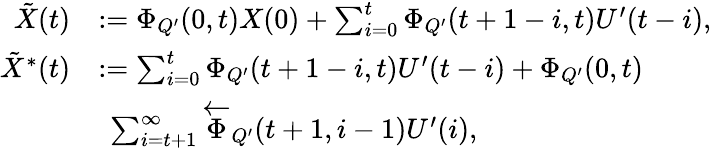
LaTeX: \begin{array}{rl}{\tilde{X}(t)}&{:=\Phi_{Q^{\prime}}(0,t)X(0)+\sum_{i=0}^{t}\Phi_{Q^{\prime}}(t+1-i,t)U^{\prime}(t-i),}\\ {\tilde{X}^{*}(t)}&{:=\sum_{i=0}^{t}\Phi_{Q^{\prime}}(t+1-i,t)U^{\prime}(t-i)+\Phi_{Q^{\prime}}(0,t)}\\ &{~\sum_{i=t+1}^{\infty}\overleftarrow{\Phi}_{Q^{\prime}}(t+1,i-1)U^{\prime}(i),}\end{array}